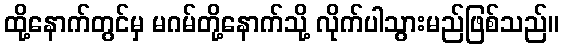
ထို့နောက်တွင်မှ မဂမ်တို့နောက်သို့ လိုက်ပါသွားမည်ဖြစ်သည်။